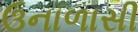
ઉનાળાસી